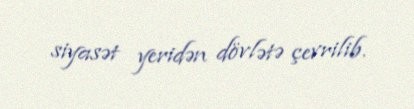
siyasət yeridən dövlətə çevrilib.